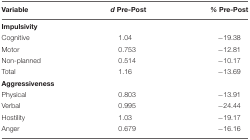
<table><thead><tr><td><b>Variable</b></td><td><b><i>d</i> Pre-Post</b></td><td><b><i>%</i> Pre-Post</b></td></tr></thead><tbody><tr><td><b>Impulsivity</b></td><td></td><td></td></tr><tr><td>Cognitive</td><td>1.04</td><td>-19.38</td></tr><tr><td>Motor</td><td>0.753</td><td>-12.81</td></tr><tr><td>Non-planned</td><td>0.514</td><td>-10.17</td></tr><tr><td>Total</td><td>1.16</td><td>-13.69</td></tr><tr><td><b>Aggressiveness</b></td><td></td><td></td></tr><tr><td>Physical</td><td>0.803</td><td>-13.91</td></tr><tr><td>Verbal</td><td>0.995</td><td>-24.44</td></tr><tr><td>Hostility</td><td>1.03</td><td>-19.17</td></tr><tr><td>Anger</td><td>0.679</td><td>-16.16</td></tr></tbody></table>